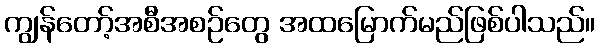
ကျွန်တော့်အစီအစဉ်တွေ အထမြောက်မည်ဖြစ်ပါသည်။